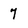
Character: 7